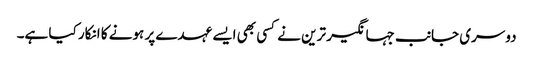
دوسری جانب جہانگیر ترین نے کسی بھی ایسے عہدے پر ہونے کا انکار کیا ہے۔